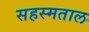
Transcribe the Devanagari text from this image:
सहस्मताल